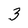
Character: 3